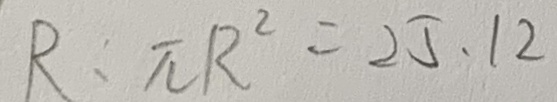
R : \pi R ^ { 2 } = 2 5 . 1 2